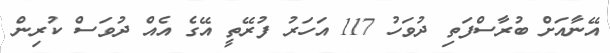
އޭނާއަށް ބުރާސްފަތި ދުވަހު 117 އަހަރު ފުރޭތީ އޭގެ އެއް ދުވަސް ކުރިން